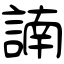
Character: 諵